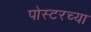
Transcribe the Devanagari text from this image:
पोस्टरच्या